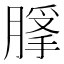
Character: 𦞿